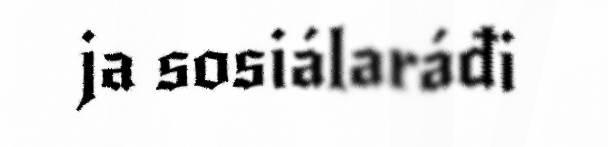
ja sosiálaráđi